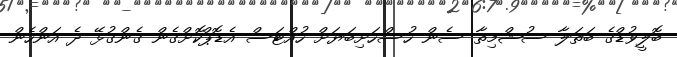
ބޮލީވުޑްގެ ބަތަލާ ސުޝްމިތާ ސެން ހުސްހަށިބަޔަށް ހުއްޓަސް އެޑޮޕްކޮށްގެން ގެންގުޅޭ ދެ އަންހެން